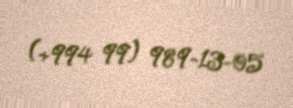
(+994 99) 989-13-05